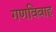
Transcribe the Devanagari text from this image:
गणविवाह